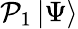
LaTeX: \mathcal{P}_{1}\left|\Psi\right\rangle